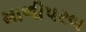
માળીપરબ